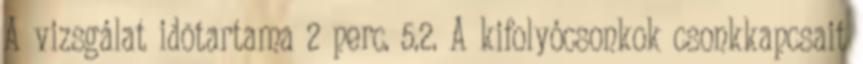
A vizsgálat idõtartama 2 perc. 5.2. A kifolyócsonkok csonkkapcsait